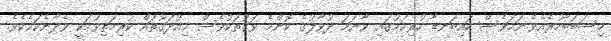
މިސަބަބާހުރެއެވެ.ނަމަވެސް ހައިބަނޑާ ހުރިކަމުގައި ވާނަމަ ދުވާލުގެ ކޮންމެ ވަގުތަކުވެސް މިއުދަގޫތައް ކުރިމަތިވުމަކީ ވެދާނެކަމެކެވެ.